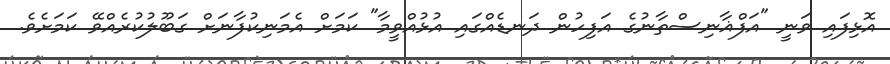
އޮޅިފައި ވަނީ "އަފްޣާނިސްތާނުގެ އަފިހުން ދަނޑެއްގައި އުޅުއްވީމާ" ކަމަށް އެމަނިކުފާނަށް ގަބޫލުކުރެއްވޭ ކަމަށެވެ.